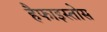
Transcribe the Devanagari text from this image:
हैफाइस्तोस